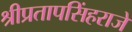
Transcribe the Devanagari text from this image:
श्रीप्रतापसिंहराजे